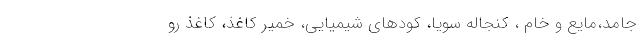
جامد،مایع و خام ، کنجاله سویا، کودهای شیمیایی، خمیر کاغذ، کاغذ رو